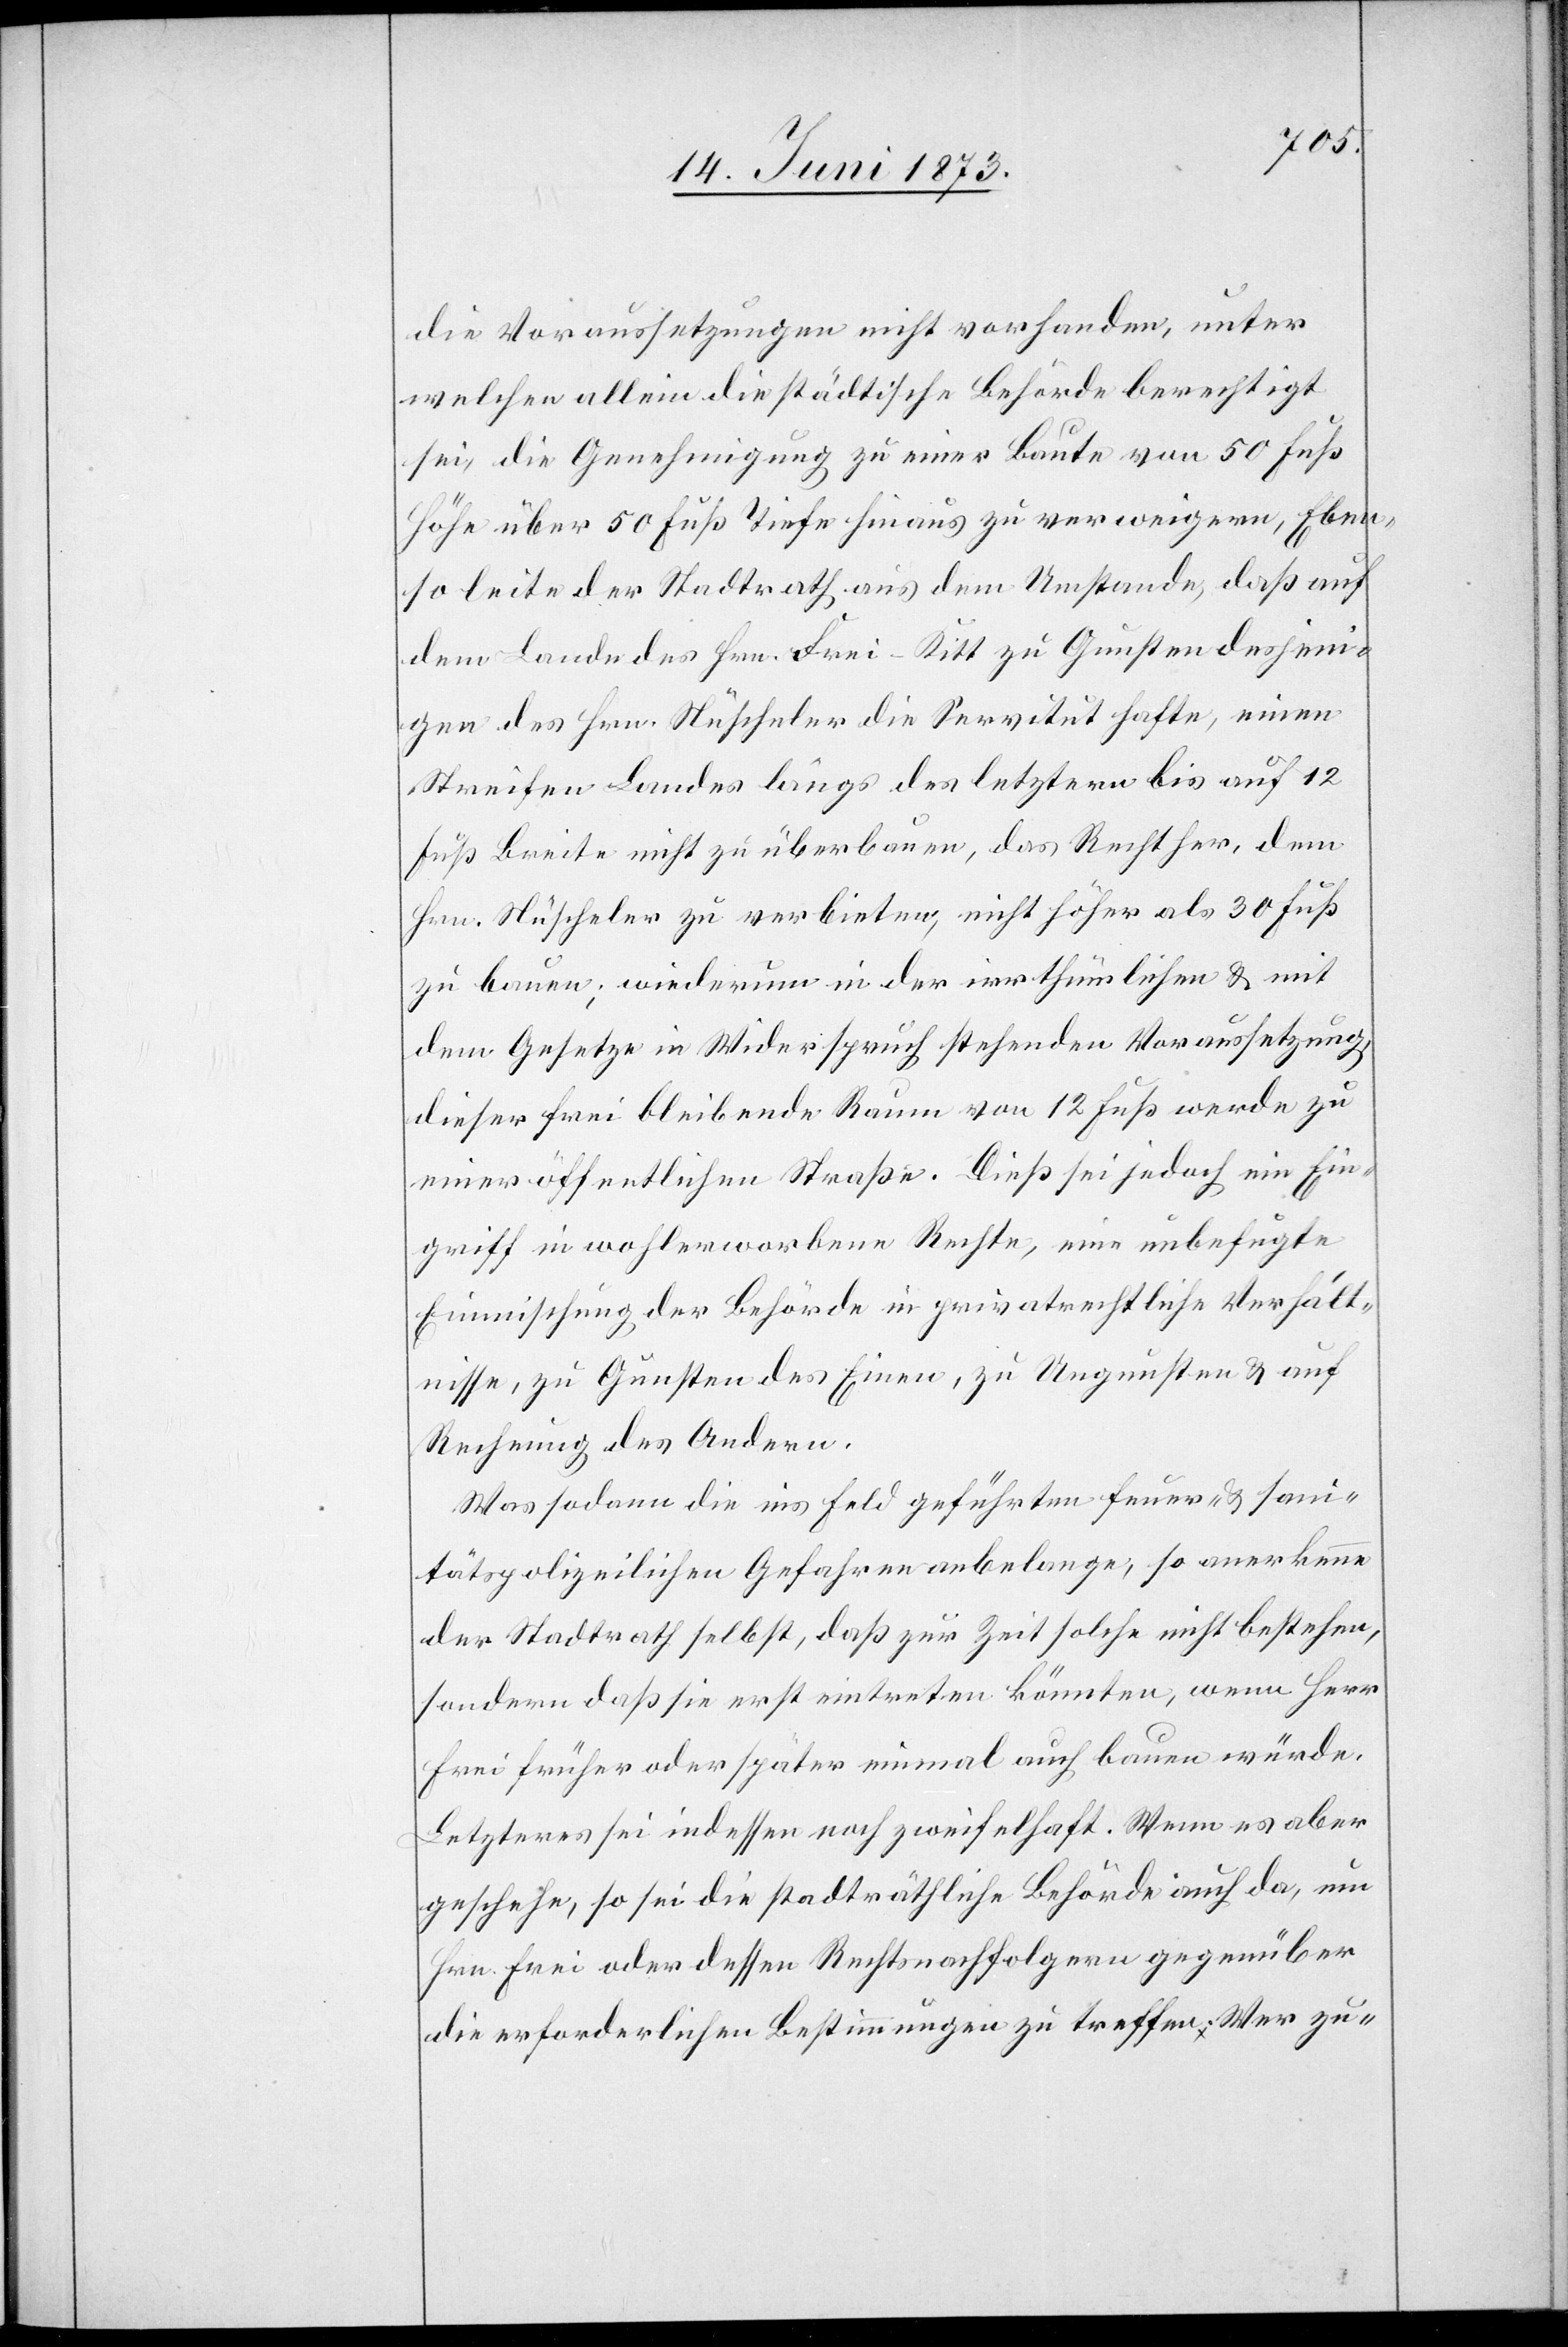
so
die Voraussetzungen nicht vorhanden, unter
welchen allein die städtische Behörde berechtigt
sei, die Genehmigung zu einer Baute von 50 Fuß
Höhe über 50 Fuß Tiefe hinaus zu verweigern, Eben¬
leite der Stadtrath aus dem Umstande, daß auf
dem Lande des Hrn. Frei-Kitt zu Gunsten desjeni¬
gen des Hrn. Nüscheler die Servitut hafte, einen
Streifen Landes längs des letztern bis auf 12
Fuß Breite nicht zu überbauen, das Recht her, dem
Hrn. Nüscheler zu verbieten, nicht höher als 30 Fuß
zu bauen; wiederum in der irrthümlichen & mit
dem Gesetze in Widerspruch stehenden Voraussetzung,
dieser frei bleibende Raum von 12 Fuß werde zu
einer öffentlichen Straße. Dieß sei jedoch ein Ein¬
griff in wohlerworbene Rechte, eine unbefugte
Einmischung der Behörde in privatrechtliche Verhält¬
nisse, zu Gunsten des Einen, zu Ungunsten & auf
Rechnung des Andern.
Was sodann die ins Feld geführten feuer- & sani¬
tätspolizeilichen Gefahren anbelange, so anerkenne
der Stadtrath selbst, daß zur Zeit solche nicht bestehen,
sondern daß sie erst eintreten könnten, wenn Herr
Frei früher oder später einmal auch bauen würde.
Letzteres sei indessen noch zweifelhaft. Wenn es aber
geschehe, so sei die stadträthliche Behörde auch da, um
Hrn. Frei oder dessen Rechtsnachfolgern gegenüber
die erforderlichen Bestimmungen zu treffen. Wer zu-